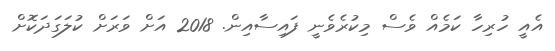
އެއީ ހުރިހާ ކަމެއް ވެސް މިކުރެވެނީ ފައިސާއިން. 2018 އަށް ވަރަށް ކުލަގަދަކޮށް